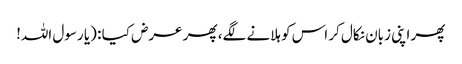
پھر اپنی زبان نکال کر اس کو ہلانے لگے، پھر عرض کیا : (یا رسول اللہ!